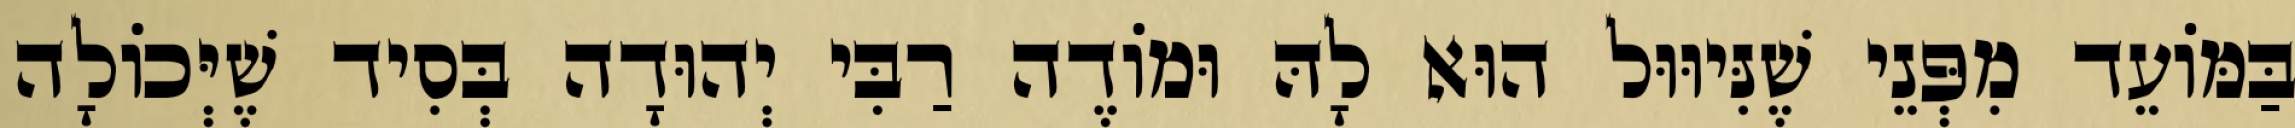
בַּמּוֹעֵד מִפְּנֵי שֶׁנִּיוּוּל הוּא לָהּ וּמוֹדֶה רַבִּי יְהוּדָה בְּסִיד שֶׁיְּכוֹלָה